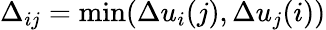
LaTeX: \Delta_{ij}=\mathrm{{min}}(\Delta u_{i}(j),\Delta u_{j}(i))